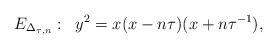
LaTeX: \begin{align*}E_{\Delta_{\tau, n}}: \;\;y^{2} = x(x - n \tau) (x + n \tau^{-1}),\end{align*}